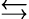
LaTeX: \leftrightarrows